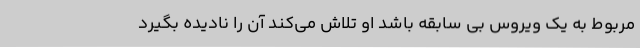
مربوط به یک ویروس بی سابقه باشد او تلاش می‌کند آن را نادیده بگیرد